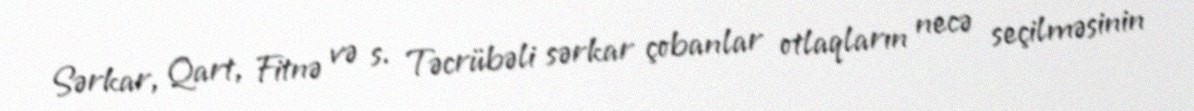
Sərkar, Qart, Fitnə və s. Təcrübəli sərkar çobanlar otlaqların necə seçilməsinin